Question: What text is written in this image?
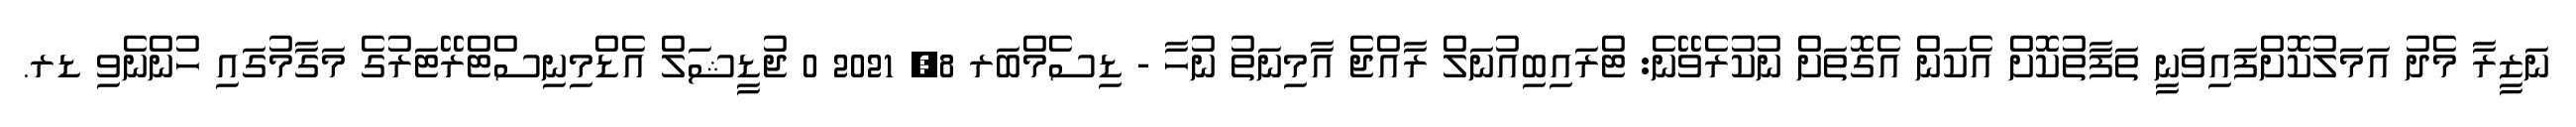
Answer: ނަޒީރާ މެދު އަމަލުކޮށްފައިވަނީ ތަފާތުކޮށް އެކަން އެގޮތަށް ނުކުރެވޭނެ: ޓްރައިބިއުނަލް ރާއްޖެ އާމިނަތު ނުހާ - ޑިސެމްބަރ 8, 2021 0 ޖުޑީޝަލް އެޑްމިނިސްޓްރޭޓަރުގެ މަގާމުގައި ހުންނެވި ޑރ.